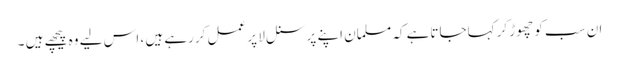
ان سب کو چھوڑ کر کہاجاتاہے کہ مسلمان اپنے پرسنل لا پر عمل کررہے ہیں ، اس لیے وہ پیچھے ہیں ۔